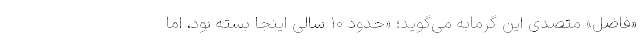
«فاضل» متصدی این گرمابه می‌گوید؛ «حدود ۱۰ سالی اینجا بسته بود، اما